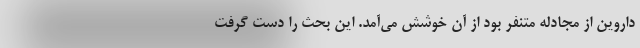
داروین از مجادله متنفر بود از آن خوشش می‌آمد. این بحث را دست گرفت